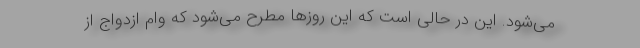
می‌شود. این در حالی است که این روزها مطرح می‌شود که وام ازدواج از